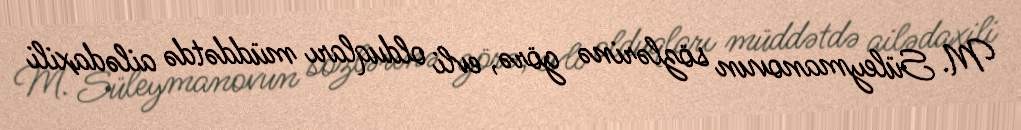
M. Süleymanovun sözlərinə görə, evli olduqları müddətdə ailədaxili